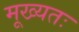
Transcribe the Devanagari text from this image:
मूख्यतः